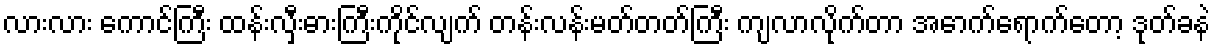
လားလား ကောင်ကြီး ထန်းလှီးဓားကြီးကိုင်လျက် တန်းလန်းမတ်တတ်ကြီး ကျလာလိုက်တာ အောက်ရောက်တော့ ဒုတ်ခနဲ